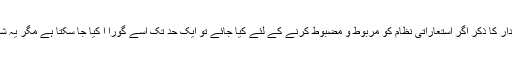
زلفِ لب و رخسار اور تغافل یار طرحدار کا ذکر اگر استعاراتی نظام کو مربوط و مضبوط کرنے کے لئے کیا جائے تو ایک حد تک اسے گورا ا کیا جا سکتا ہے مگر یہ شعر و ادب کا مقصد ہے نہ اس کا مقام۔